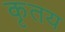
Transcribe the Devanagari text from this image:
कृतय